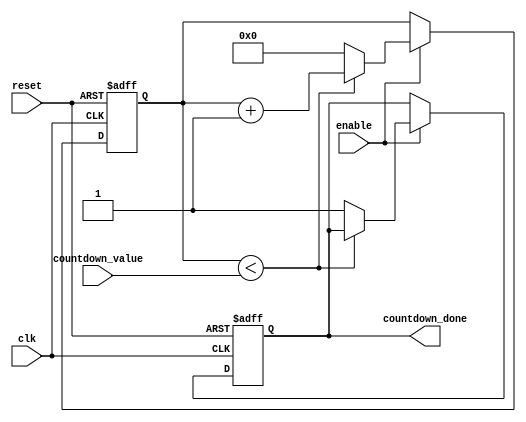
module countdown_timer
(
  input wire clk,
  input wire reset,
  input wire enable,
  input wire [7:0] countdown_value,
  output reg countdown_done
);

reg [7:0] counter;
reg [7:0] comparator;

always @(posedge clk or posedge reset)
begin
  if(reset)
  begin
    counter <= 8'h00;
    comparator <= countdown_value;
    countdown_done <= 1'b0;
  end
  else if(enable)
  begin
    if(counter < countdown_value)
    begin
      counter <= counter + 1;
    end
    else
    begin
      countdown_done <= 1'b1;
      counter <= 8'h00;
    end
  end
end

endmodule